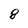
Character: 8